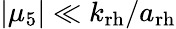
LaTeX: \left|\mu_{5}\right|\ll k_{\mathrm{rh}}/a_{\mathrm{rh}}